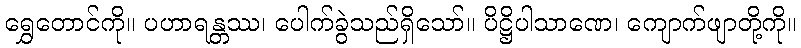
ရွှေတောင်ကို။ ပဟာရန္တဿ၊ ပေါက်ခွဲသည်ရှိသော်။ ပိဋ္ဌိပါသာဏေ၊ ကျောက်ဖျာတို့ကို။